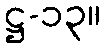
ဋ္ဌ-၁၃။